Newspaper: The Andrew County Republican. [volume]
Place of publication: Savannah, Mo.
Publisher: O.E. Paul
Date: 1875-07-23 00:00:00
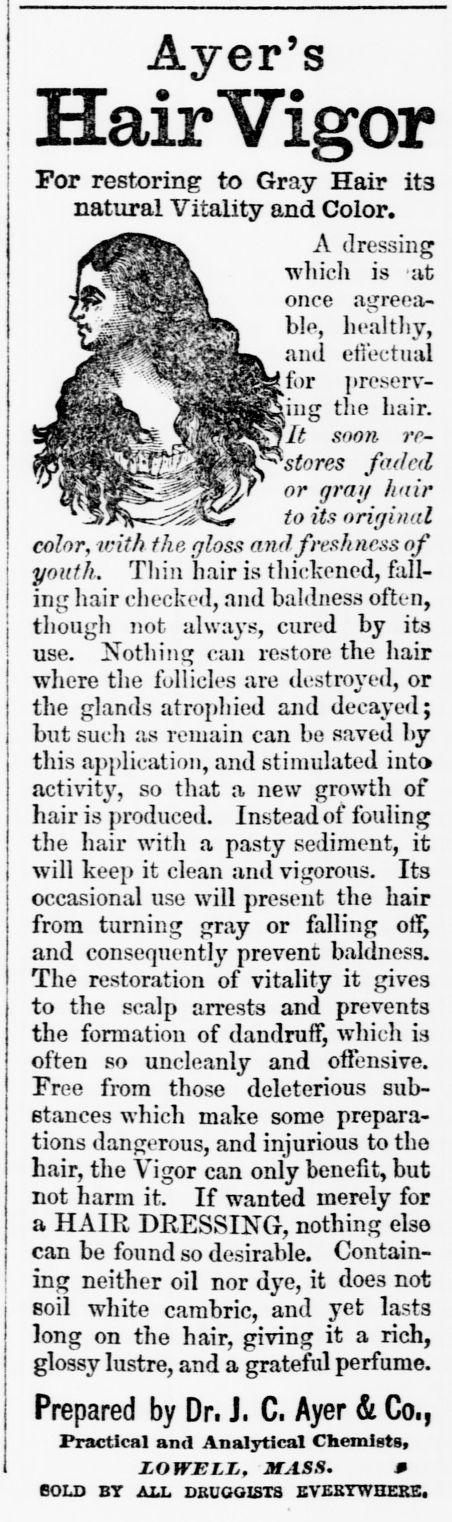
Advertisement text (OCR):
Ayer's iaror For restoring to Gray Hair it3 natural Vitality and Color. A dressing which is -at once asxreoa- ble, hcaltliy, and effectual tor preserv ing tlie hair. It soon re stores faded or nrau hair Jtf io us original. color, with the gloss and freshness of youth. Thin hair is thickened, fall ing hair checked, and baldness often, though not always, cured by its use. Nothing can restore the hair where the follicles are destroyed, or the glands atrophied and decayed; but such as remain can be saved by this application, and stimulated into activity, so that a new growth of hair is produced. Instead of fouling the hair with a pasty sediment, it will keep it clean and vigorous. Its occasional use will present the hair from turning gray or falling ou and consequently prevent baldness. The restoration of vitality it gives to the scalp arrests and prevents the formation of dandruff, which is often so uncleanly and offensive. Tree from those deleterious sub stances which make some prepara tions dangerous, and injurious to tho hair, the Vigor can only benefit, but not harm it. If wanted merely for a HAIR DRESSING, nothing elso can be found so desirable. Contain ing neither oil nor dye, it does not soil white cambric, and yet lasts long on the hair, giving it a rich, glossy lustre, and a grateful perfume. Prepared by Dr. J. C. Ayer & Co., Practical and Analytical Chemists, JLOWELIj, MASS. BOLD BY ALL DRUGGISTS EVERYWHERE, H l mm
Label: illustrations